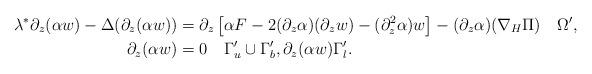
LaTeX: \begin{align*}\lambda^*\partial_z(\alpha w) - \Delta(\partial_z(\alpha w)) &= \partial_z\left[\alpha F- 2(\partial_z\alpha) (\partial_z w)- (\partial_z^2\alpha) w\right]- (\partial_z\alpha) (\nabla_H \Pi) \quad\Omega', \\\partial_z(\alpha w) &= 0 \quad\Gamma_u'\cup\Gamma_b', \partial_z(\alpha w) \Gamma_l'.\end{align*}